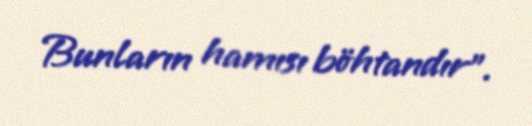
Bunların hamısı böhtandır”.